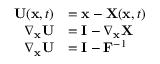
{ \begin{array} { r l } { \mathbf { U } ( \mathbf { x } , t ) } & { = \mathbf { x } - \mathbf { X } ( \mathbf { x } , t ) } \\ { \nabla _ { \mathbf { x } } \mathbf { U } } & { = \mathbf { I } - \nabla _ { \mathbf { x } } \mathbf { X } } \\ { \nabla _ { \mathbf { x } } \mathbf { U } } & { = \mathbf { I } - \mathbf { F } ^ { - 1 } } \end{array} }